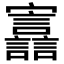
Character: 𫴪